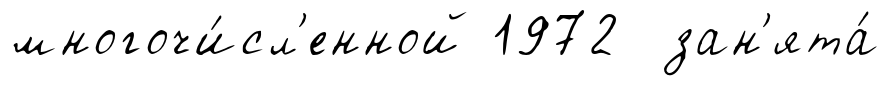
многочи́сл'енной 1972 зан'ята́